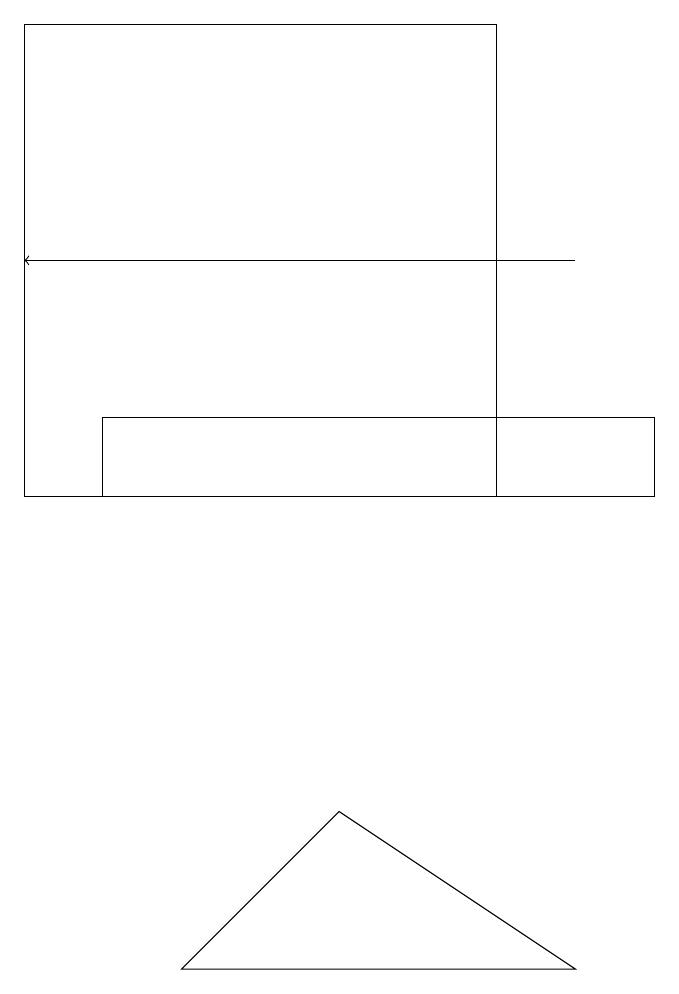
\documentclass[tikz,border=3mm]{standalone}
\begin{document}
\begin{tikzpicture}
\draw (1,16) rectangle (7,10);
\draw[->] (8,13) -- (1,13);
\draw (2,11) rectangle (9,10);
\draw (5,6) -- (3,4) -- (8,4) -- cycle;
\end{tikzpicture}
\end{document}